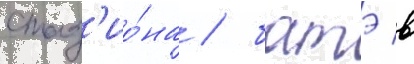
стад'ио́на / батэ в